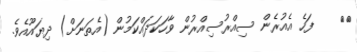
٢٣    ފަހެ އެއުރެން ސިއްރުސިއްރުން ވާހަކަދައްކަމުން (އެތަނަށް) ދިޔައޫއެވެ.